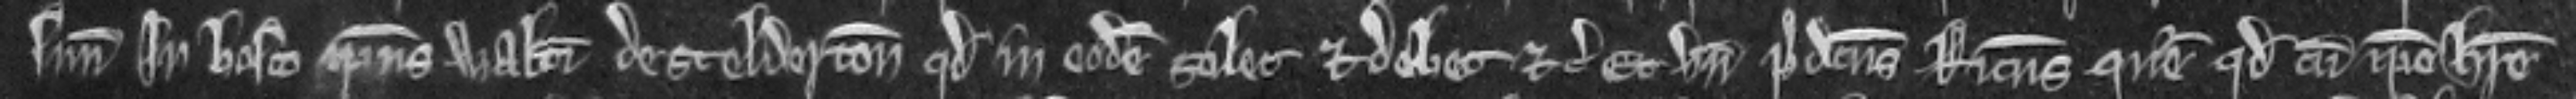
suum in bosco ipsius Walteri de Scelderton quod in eodem solet et debet etc. Et unde predictus Ricardus queritur quod cum ipse habere